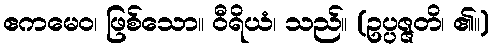
ဧကမေဝ၊ ဖြစ်သော။ ဝီရိယံ၊ သည်။ (ဥပ္ပဇ္ဇတိ၊ ၏။)